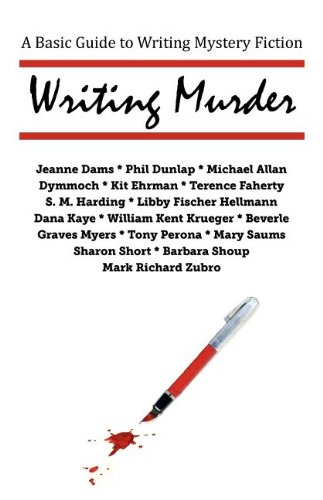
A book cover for Writing Murder: A Basic Guide to Writing Mystery Novels; William Kent Krueger; Mystery, Thriller & Suspense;